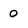
Character: 0